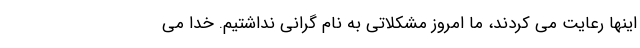
اینها رعایت می کردند، ما امروز مشکلاتی به نام گرانی نداشتیم. خدا می